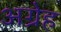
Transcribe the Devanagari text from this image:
अग्रेह